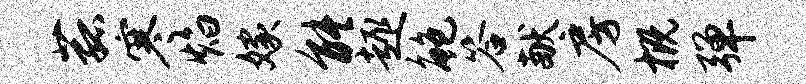
菰寒焰嫁能趣鲍答献房概弹